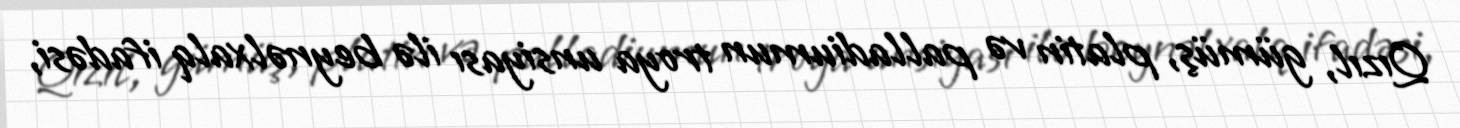
Qızıl, gümüş, platin və palladiumun troya unsiyası ilə beynəlxalq ifadəsi,